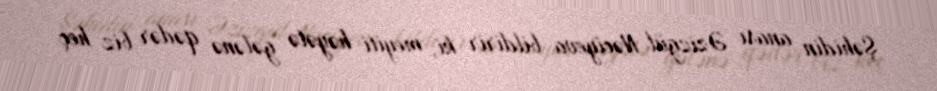
Şəhidin anası Əzizgül Nəciyeva bildirir ki, meyiti həyətə gələnə qədər biz heç